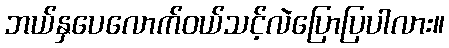
ဘယ်နှပေလောက်ဝယ်သင့်လဲပြောပြပါလား။